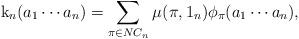
LaTeX: \begin{align*}\mathrm{k}_n(a_1\cdots a_n)=\sum_{\pi \in NC_n}\mu_{}(\pi,1_n) \phi_\pi(a_1 \cdots a_n),\end{align*}